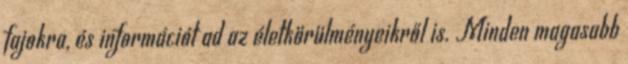
fajokra, és információt ad az életkörülményeikről is. Minden magasabb